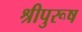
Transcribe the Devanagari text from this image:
श्रीपुरूष